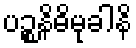
ပဉ္စနိဓိမုခါနိ